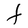
Character: t